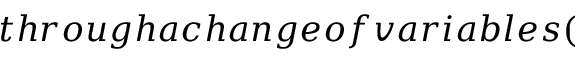
t h r o u g h a c h a n g e o f v a r i a b l e s (